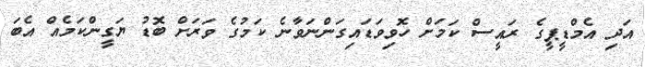
އަދި އެމްޑީޕީގެ ރައީސް ކަމަށް ހޮވިވަޑައިގަންނަވާނެ ކަމުގެ ވަރަށް ބޮޑު ޔަގީންކަމެއް އެބަ